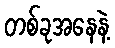
တစ်ခုအနေနဲ့